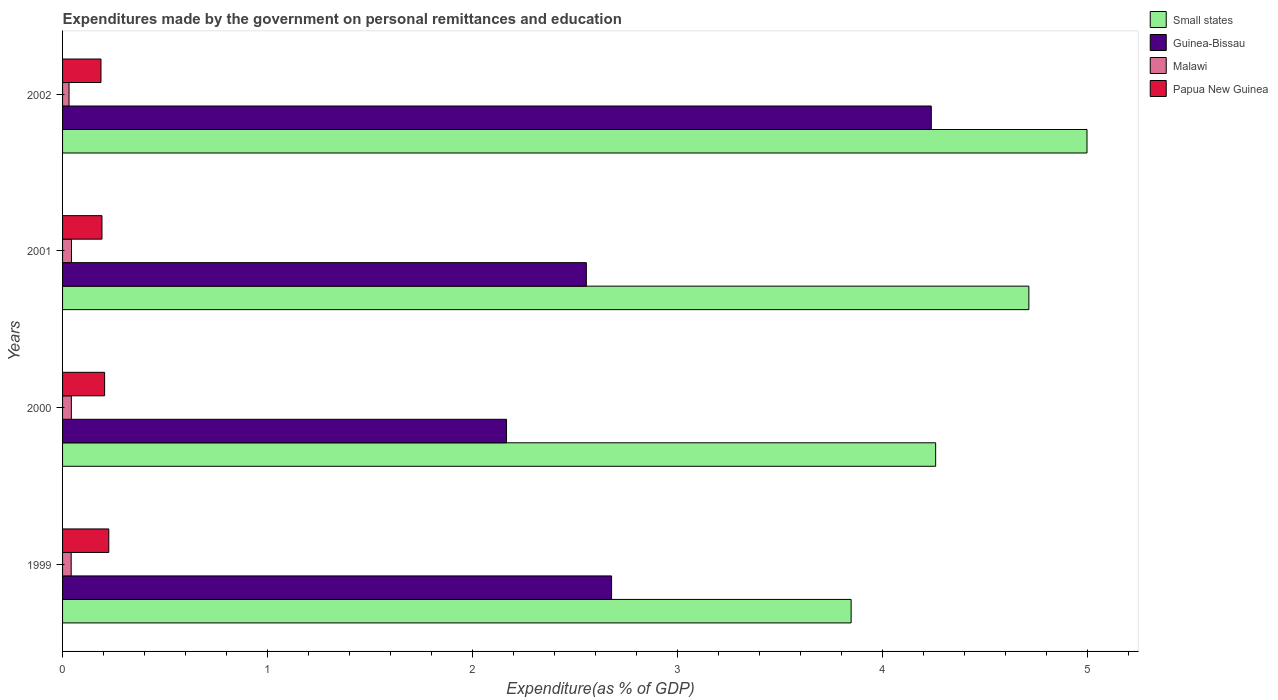
| Years | Small states | Guinea-Bissau | Malawi | Papua New Guinea |
 | --- | --- | --- | --- | --- |
 | 1999 | 3.85 | 2.68 | 0.0421 | 0.226 |
 | 2000 | 4.26 | 2.17 | 0.0428 | 0.205 |
 | 2001 | 4.72 | 2.56 | 0.0435 | 0.192 |
 | 2002 | 5 | 4.24 | 0.0317 | 0.187 |